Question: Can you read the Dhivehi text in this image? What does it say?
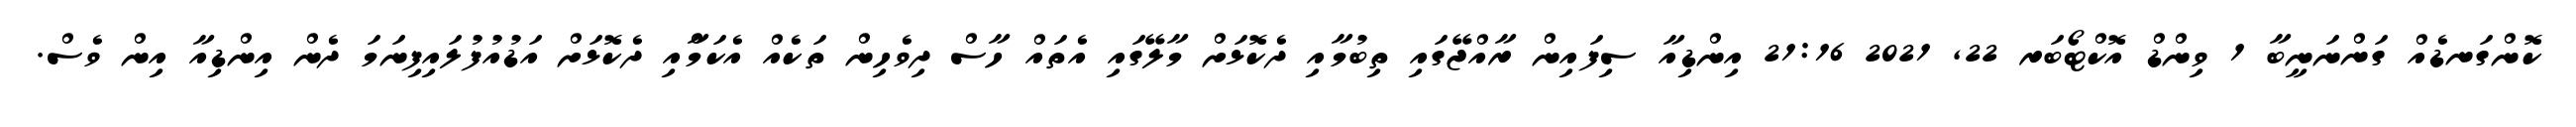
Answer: ކޮންގަނޑެއް ގަންނަނީބާ 1 ވިންޑް އޮކްޓޯބަރ 22, 2021 21:16 އިންޑިއާ ސިފައިން ރާއްޖޭގައި ތިބުމާއި ދެކޮޅަށް މާލޭގައި އެތައް ހާސް ދިވެހިން ތަކެއް އެކަމާްއި ދެކޮޅަށް އަޑުއުފުލައިފިނަމަ ދެން އިންޑިއާ އިން ވެސް.